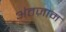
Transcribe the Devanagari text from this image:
अंतज़ाम